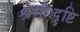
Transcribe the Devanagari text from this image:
श्रेणीःदृष्टि